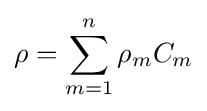
\rho =\sum _{m=1}^{n}\rho _{m}C_{m}